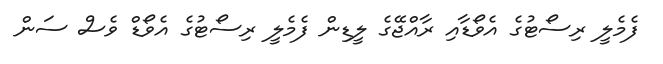
ފެމެލީ ރިސޯޓުގެ އެވޯޑާއި ރާއްޖޭގެ ލީޑިން ފެމެލީ ރިސޯޓުގެ އެވޯޑް ވެސް ސަން